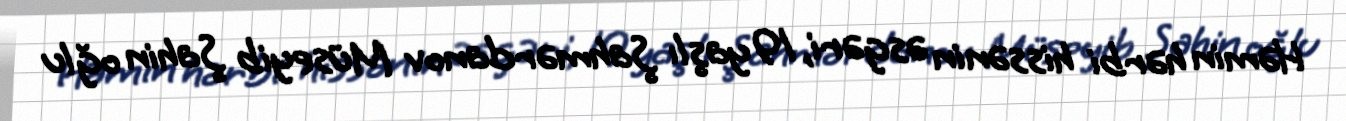
Həmin hərbi hissənin əsgəri, 19 yaşlı Şahmərdanov Müseyib Şahin oğlu